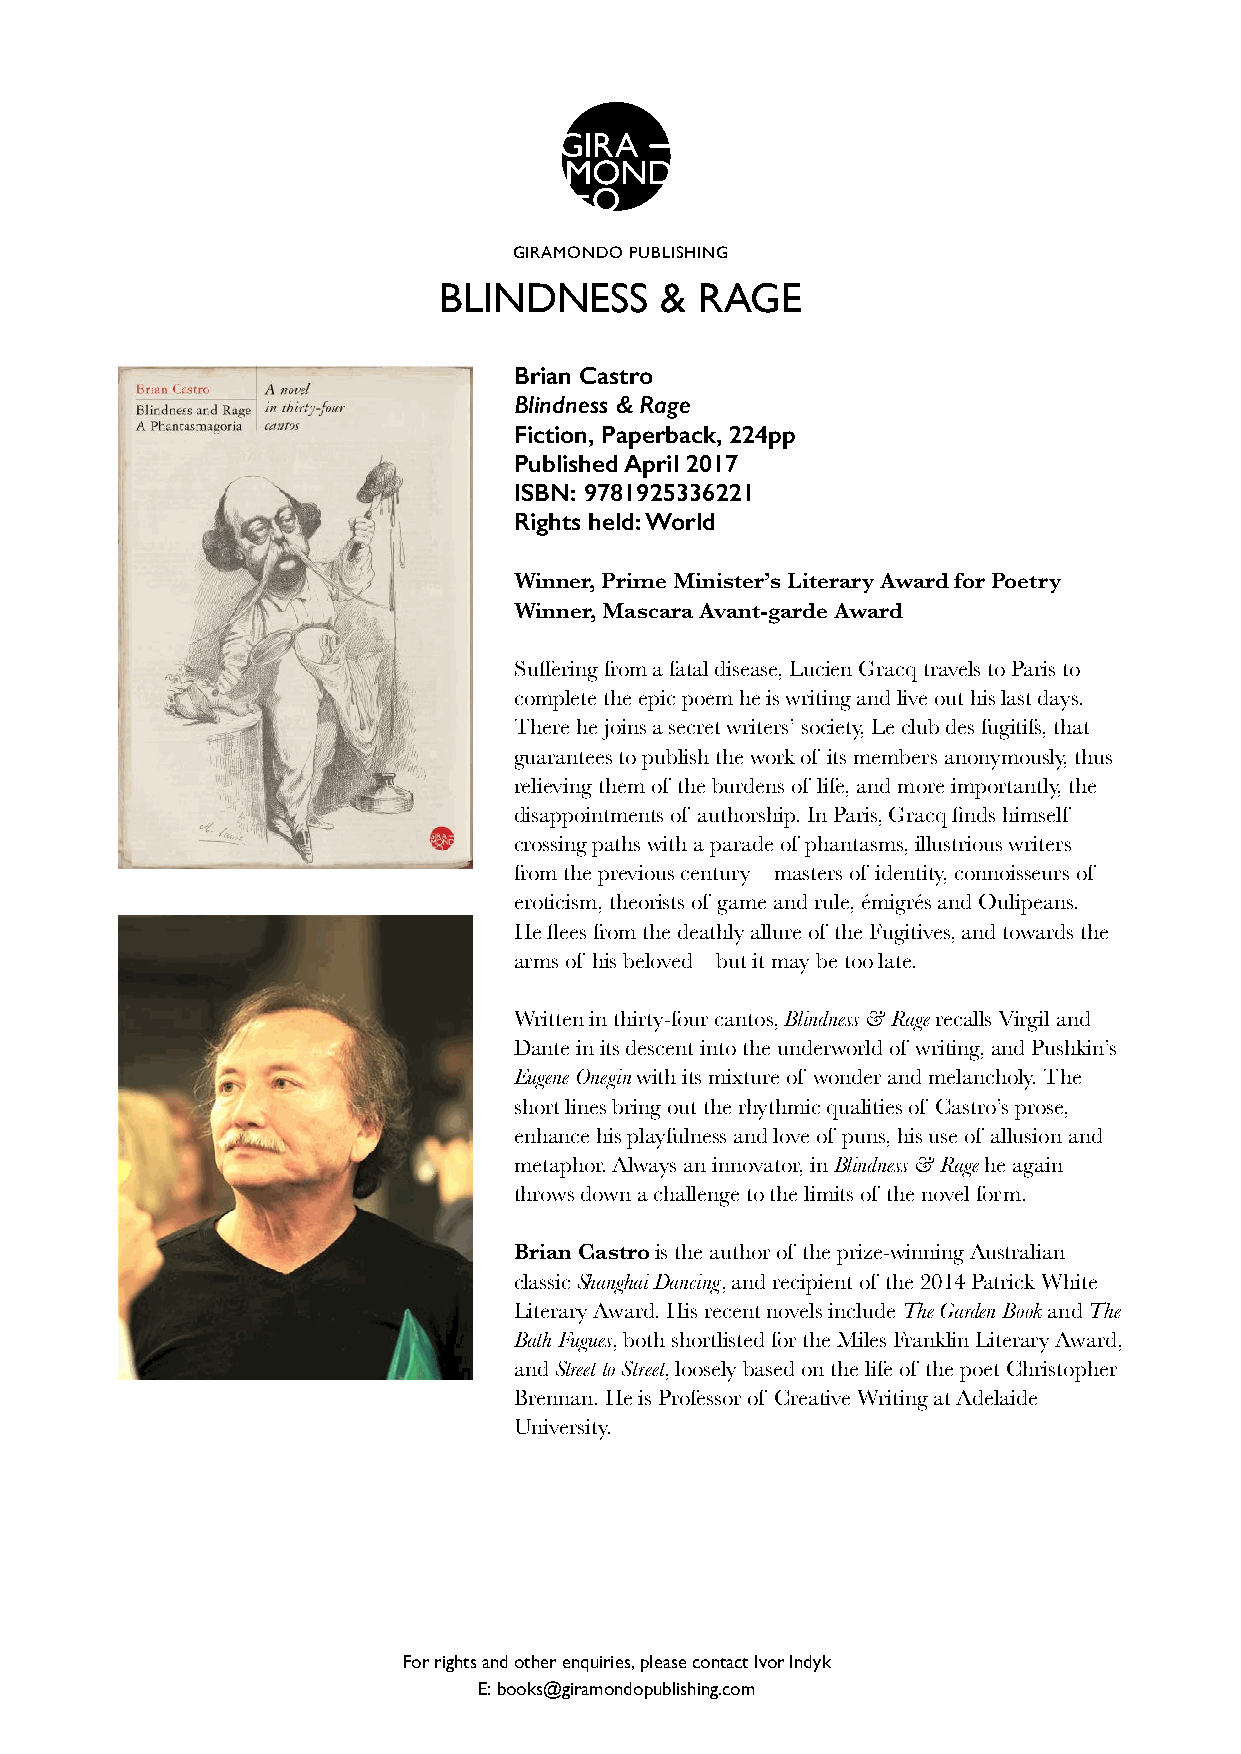
GIRAMONDO PUBLISHING
 BLINDNESS      & RAGE
 Brian Castro
 Blindness & Rage
 Fiction, Paperback, 224pp
 Published April 2017
 ISBN: 9781925336221
 Rights held: World
 Winner, Prime Minister’s Literary Award for Poetry
 Winner, Mascara Avant-garde Award
 Suffering from a fatal disease, Lucien Gracq travels to Paris to
 complete the epic poem he is writing and live out his last days.
 There he joins a secret writers’ society, Le club des fugitifs, that
 guarantees to publish the work of its members anonymously, thus
 relieving them of the burdens of life, and more importantly, the
 disappointments of authorship. In Paris, Gracq finds himself
 crossing paths with a parade of phantasms, illustrious writers
 from the previous century – masters of identity, connoisseurs of
 eroticism, theorists of game and rule, émigrés and Oulipeans.
 He flees from the deathly allure of the Fugitives, and towards the
 arms of his beloved – but it may be too late.
 Written in thirty-four cantos, Blindness & Rage recalls Virgil and
 Dante in its descent into the underworld of writing, and Pushkin’s
 Eugene Onegin with its mixture of wonder and melancholy. The
 short lines bring out the rhythmic qualities of Castro’s prose,
 enhance his playfulness and love of puns, his use of allusion and
 metaphor. Always an innovator, in Blindness & Rage he again
 throws down a challenge to the limits of the novel form.
 Brian Castro is the author of the prize-winning Australian
 classic Shanghai Dancing, and recipient of the 2014 Patrick White
 Literary Award. His recent novels include The Garden Book and The
 Bath Fugues, both shortlisted for the Miles Franklin Literary Award,
 and Street to Street, loosely based on the life of the poet Christopher
 Brennan. He is Professor of Creative Writing at Adelaide
 University.
 For rights and other enquiries, please contact Ivor Indyk
 E: books@giramondopublishing.com